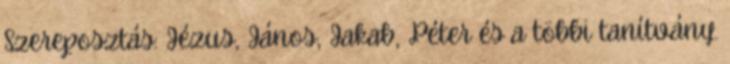
Szereposztás: Jézus, János, Jakab, Péter és a többi tanítvány.